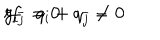
g _ { i { \bar { j } } } = 0 \hspace { 1 c m } i f q _ { i } + q _ { \bar { j } } \neq 0